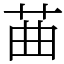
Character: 䒼